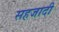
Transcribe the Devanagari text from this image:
सहजादी